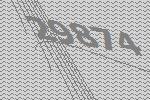
29874